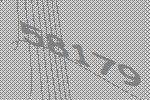
58179